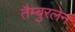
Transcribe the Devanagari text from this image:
तैम्बुरलेन